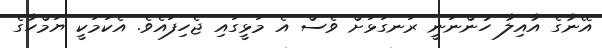
އޭނާގެ އާއިލާ ހުންނަނީ ރަނގަޅަށް ވެސް އެ މަޅީގައި ޖެހިފައެވެ. އެކަމަކީ ޔަމްހާގެ